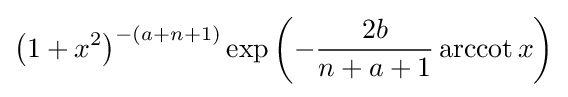
\left(1+x^{2}\right)^{-(a+n+1)}\exp \left(-{\frac {2b}{n+a+1}}\operatorname {arccot} x\right)